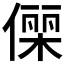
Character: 𬿥